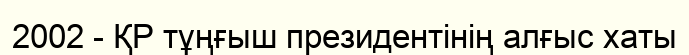
2002 - ҚР тұңғыш президентінің алғыс хаты